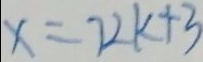
x = 7 2 k + 3